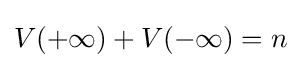
V(+\infty )+V(-\infty )=n